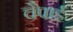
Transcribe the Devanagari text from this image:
चैपाई